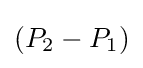
\left(P_{2}-P_{1}\right)